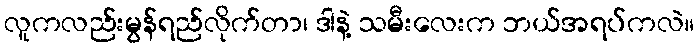
လူကလည်းမွန်ရည်လိုက်တာ၊ ဒါနဲ့ သမီးလေးက ဘယ်အရပ်ကလဲ။